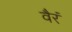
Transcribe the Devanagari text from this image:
वैरं